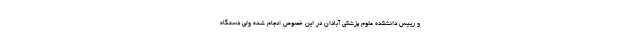
و رییس دانشکده علوم پزشکی آبادان در این خصوص انجام شده ولی دستگاه